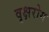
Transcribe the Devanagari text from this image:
वृक्षरोग